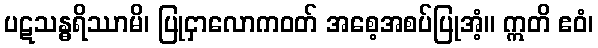
ပဋသန္ဓရိဿာမိ၊ ပြုငှာလောကဝတ် အစေ့အစပ်ပြုအံ့။ ဣတိ ဧဝံ၊